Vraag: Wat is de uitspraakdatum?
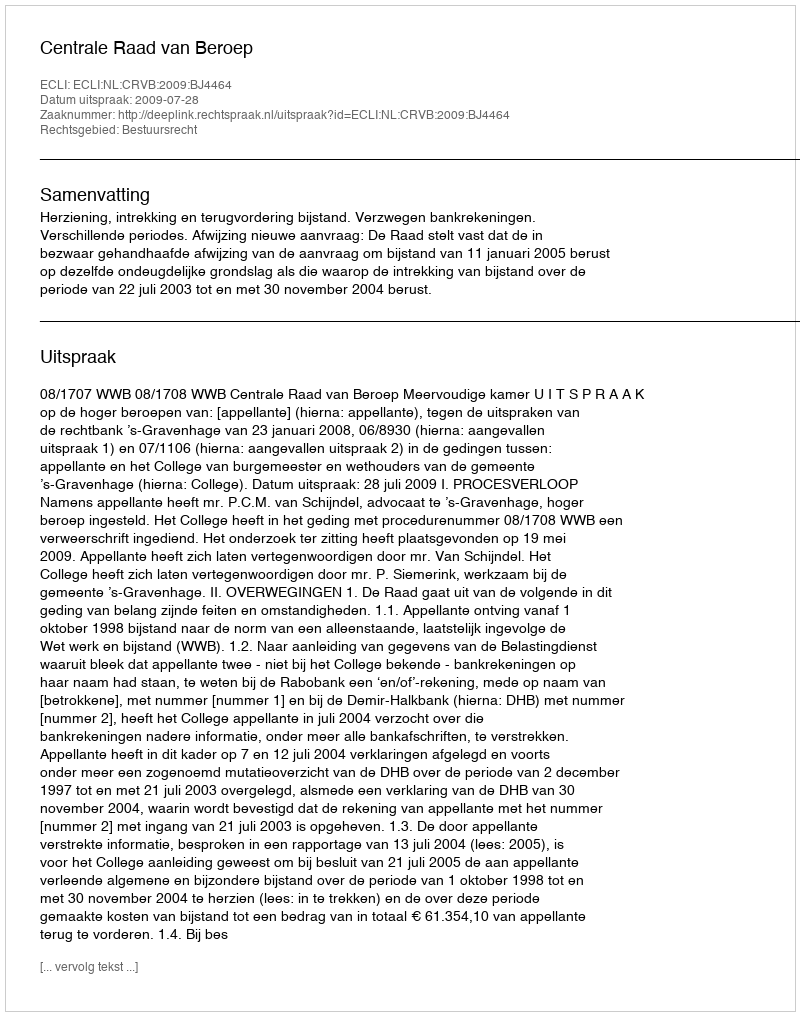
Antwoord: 2009-07-28